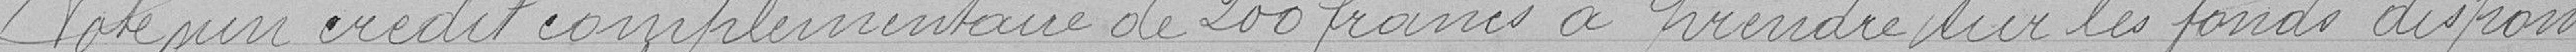
Vote un crédit complémentaire de 200 francs à prendre sur les fonds disponib-